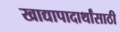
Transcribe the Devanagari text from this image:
खाद्यापादार्थांसाठी